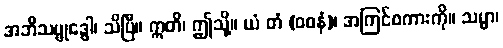
အဘိသမ္ဗုဒ္ဓေါ၊ သိပြီ။ ဣတိ၊ ဤသို့။ ယံ တံ (ဝစနံ)၊ အကြင်စကားကို။ သမ္မာ၊